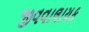
જીવવાલાયક